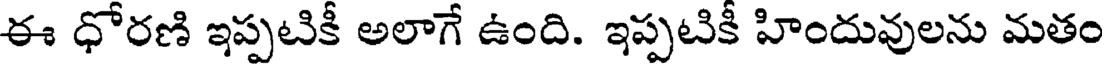
ఈ ధోరణి ఇప్పటికీ అలాగే ఉంది. ఇప్పటికీ హిందువులను మతం